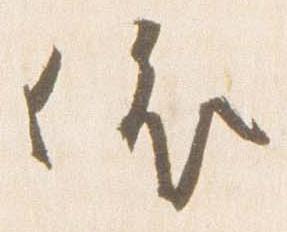
依